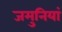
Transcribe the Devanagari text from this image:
जमुनियां